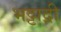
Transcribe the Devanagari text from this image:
भट्टाद्री